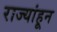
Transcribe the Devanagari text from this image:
राज्यांहून